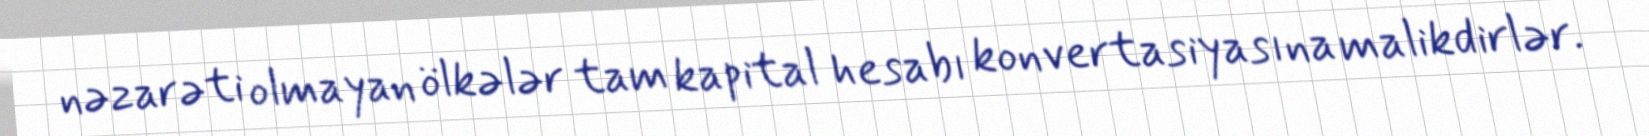
nəzarəti olmayan ölkələr tam kapital hesabı konvertasiyasına malikdirlər.